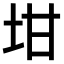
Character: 坩